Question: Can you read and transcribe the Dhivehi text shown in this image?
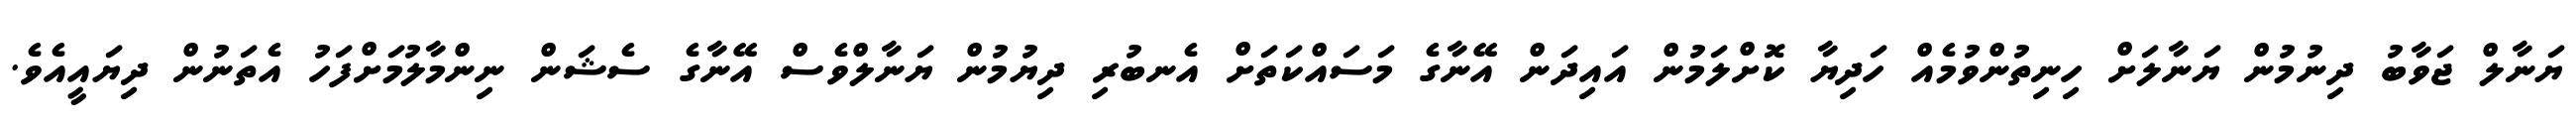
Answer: ޔަނާލް ޖަވާބު ދިނުމުން ޔަނާލަށް ހިނިތުންވުމެއް ހަދިޔާ ކޮށްލަމުން އައިދަން އޭނާގެ މަސައްކަތަށް އެނބުރި ދިޔުމުން ޔަނާލްވެސް އޭނާގެ ސެޝަން ނިންމާލުމަށްފަހު އެތަނުން ދިޔައީއެވެ.